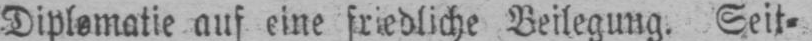
auf eine friedliche Beilegung. Seit⸗